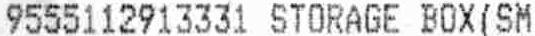
9555112913331 STORAGE BOX(SM